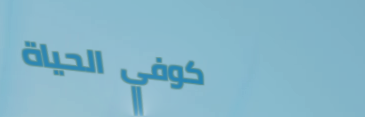
كوفي الحياة